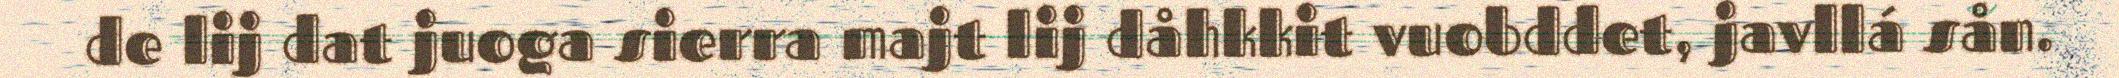
de lij dat juoga sierra majt lij dåhkkit vuobddet, javllá sån.